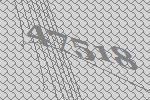
47518